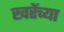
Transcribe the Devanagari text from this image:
खरेंच्या